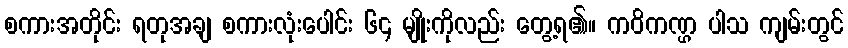
စကားအတိုင်း ရတုအချ စကားလုံးပေါင်း ၆၄ မျိုးကိုလည်း တွေ့ရ၏။ ကဝိကဏ္ဌ ပါသ ကျမ်းတွင်